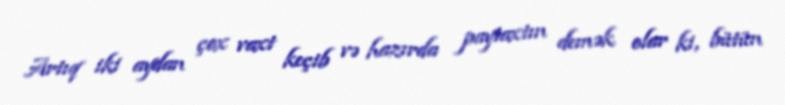
Artıq iki aydan çox vaxt keçib və hazırda paytaxtın demək olar ki, bütün